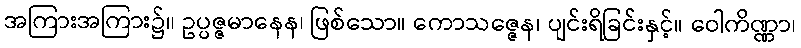
အကြားအကြား၌။ ဥပ္ပဇ္ဇမာနေန၊ ဖြစ်သော။ ကောသဇ္ဇေန၊ ပျင်းရိခြင်းနှင့်။ ဝေါကိဏ္ဏာ၊